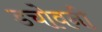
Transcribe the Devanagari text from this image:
डचोवनी